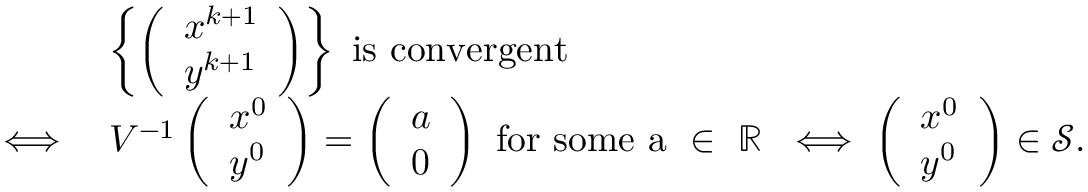
\begin{array} { r l } & { \left\{ \left( \begin{array} { l } { x ^ { k + 1 } } \\ { y ^ { k + 1 } } \end{array} \right) \right\} ~ \mathrm { i s ~ c o n v e r g e n t } } \\ { \iff } & { V ^ { - 1 } \left( \begin{array} { l } { x ^ { 0 } } \\ { y ^ { 0 } } \end{array} \right) = \left( \begin{array} { l } { a } \\ { 0 } \end{array} \right) \ \mathrm { f o r ~ s o m e ~ a ~ \in ~ \mathbb { R } ~ } \iff \left( \begin{array} { l } { x ^ { 0 } } \\ { y ^ { 0 } } \end{array} \right) \in \mathcal { S } . } \end{array}